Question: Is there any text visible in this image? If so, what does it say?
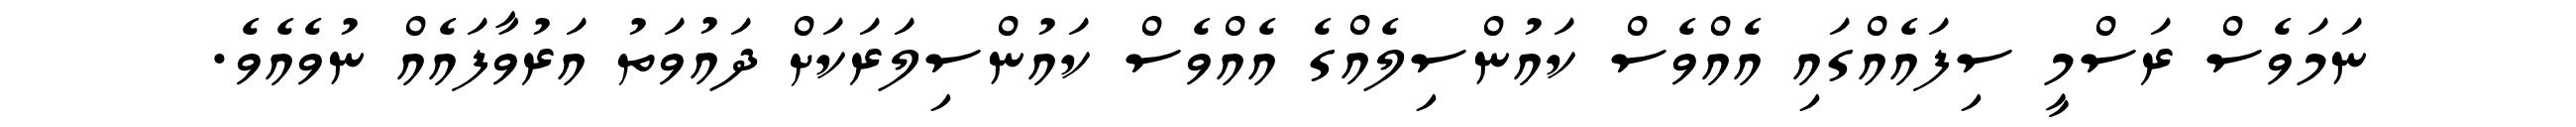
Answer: ނަމަވެސް ރަސްމީ ސިފައެއްގައި އެއްވެސް ކައުންސިލެއްގެ އެއްވެސް ކައުންސިލަރަކަށް ދައުވަތު އަރުވާފައެއް ނުވެއެވެ.